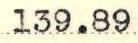
139.89